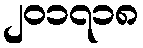
၂၀၁၇၁၈